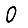
Digit: 0